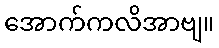
အောက်ကလိအာဗျ။